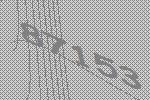
87153